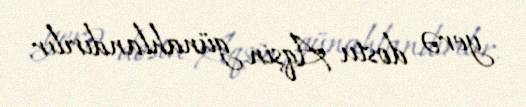
yerə dostu Aqşin günahlandırılır.